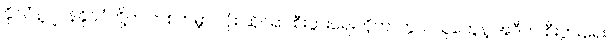
နိုင်ငံနဲ့ဂျပန်နိုင်ငံတို့က တစ်ကမ္ဘာ လုံး ဆိုင်ရာ စီးပွားရေးကိုကာကွယ်သူတွေနဲ့ အဲဒီက စီးပွားရေး